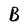
Character: B